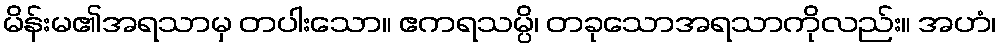
မိန်းမ၏အရသာမှ တပါးသော။ ဧကရသမ္ပိ၊ တခုသောအရသာကိုလည်း။ အဟံ၊